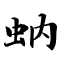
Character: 蚋